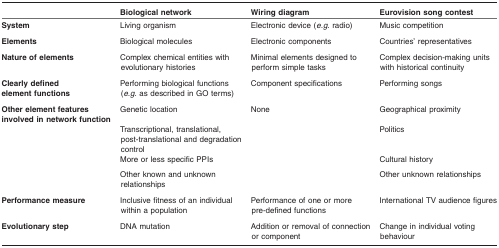
<table><thead><tr><td></td><td><b>Biological network</b></td><td><b>Wiring diagram</b></td><td><b>Eurovision song contest</b></td></tr></thead><tbody><tr><td><b>System</b></td><td>Living organism</td><td>Electronic device (<i>e.g</i>. radio)</td><td>Music competition</td></tr><tr><td><b>Elements</b></td><td>Biological molecules</td><td>Electronic components</td><td>Countries&#x27; representatives</td></tr><tr><td><b>Nature of elements</b></td><td>Complex chemical entities with evolutionary histories</td><td>Minimal elements designed to perform simple tasks</td><td>Complex decision-making units with historical continuity</td></tr><tr><td><b>Clearly defined element functions</b></td><td>Performing biological functions (<i>e.g</i>. as described in GO terms)</td><td>Component specifications</td><td>Performing songs</td></tr><tr><td><b>Other element features involved in network function</b></td><td>Genetic location</td><td>None</td><td>Geographical proximity</td></tr><tr><td></td><td>Transcriptional, translational, post-translational and degradation control</td><td></td><td>Politics</td></tr><tr><td></td><td>More or less specific PPIs</td><td></td><td>Cultural history</td></tr><tr><td></td><td>Other known and unknown relationships</td><td></td><td>Other unknown relationships</td></tr><tr><td><b>Performance measure</b></td><td>Inclusive fitness of an individual within a population</td><td>Performance of one or more pre-defined functions</td><td>International TV audience figures</td></tr><tr><td><b>Evolutionary step</b></td><td>DNA mutation</td><td>Addition or removal of connection or component</td><td>Change in individual voting behaviour</td></tr></tbody></table>